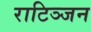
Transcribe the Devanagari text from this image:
राटिञ्जन